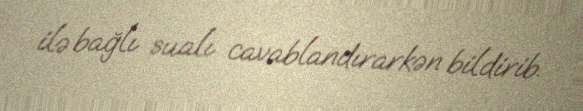
ilə bağlı sualı cavablandırarkən bildirib.